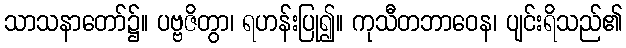
သာသနာတော်၌။ ပဗ္ဗဇိတွာ၊ ရဟန်းပြု၍။ ကုသီတဘာဝေန၊ ပျင်းရိသည်၏